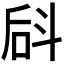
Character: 𪯬